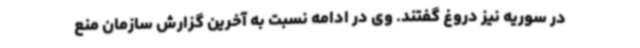
در سوریه نیز دروغ گفتند. وی در ادامه نسبت به آخرین گزارش سازمان منع